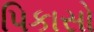
પિકાસો